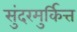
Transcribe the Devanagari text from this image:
सुंदरमुर्कित्त